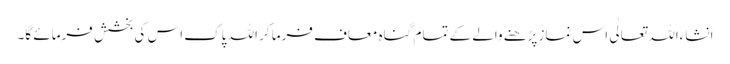
انشاءاللہ تعالٰی اس نماز پڑھنے والے کے تمام گناہ معاف فرما کر اللہ پاک اس کی بخشش فرمائے گا۔